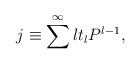
\begin{align*}j \equiv \sum^{\infty}lt_{l}P^{l-1},\end{align*}